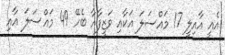
އެއީ އާއިލީ 17 މައްސަލަ އަކާއި ވަޒީފާއާ ބެހޭ 49 މައްސަލަ އާއި